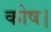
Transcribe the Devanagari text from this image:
कोष।